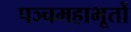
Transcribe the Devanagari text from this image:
पञ्चमहाभूतों